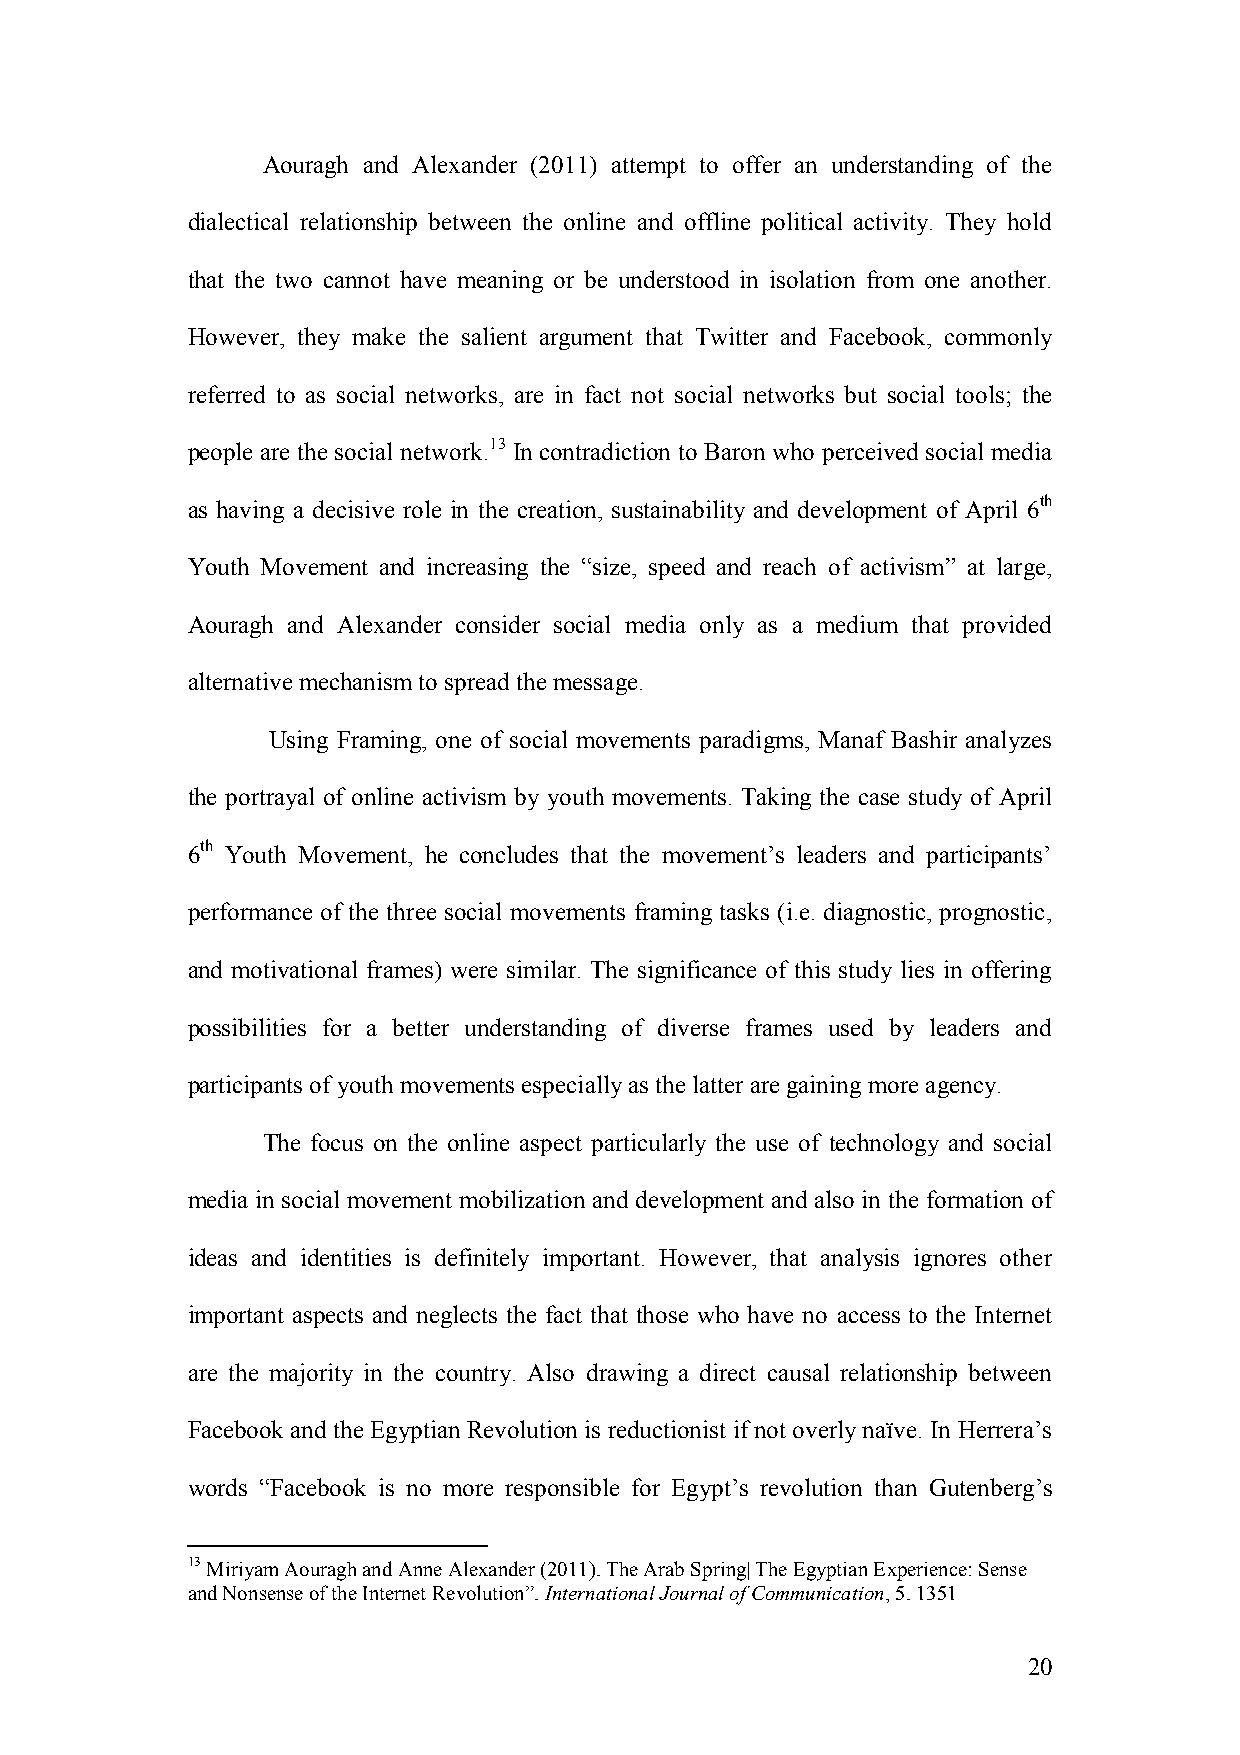
Aouragh and Alexander (2011) attempt to offer an understanding of the
 dialectical relationship between the online and offline political activity. They hold
 that the two cannot have meaning or be understood in isolation from one another.
 However, they make the salient argument that Twitter and Facebook, commonly
 referred to as social networks, are in fact not social networks but social tools; the
 people are the social network.13 In contradiction to Baron who perceived social media
 as having a decisive role in the creation, sustainability and development of April 6th
 Youth Movement and increasing the “size, speed and reach of activism” at large,
 Aouragh and Alexander consider social media only as a medium that provided
 alternative mechanism to spread the message.
 Using Framing, one of social movements paradigms, Manaf Bashir analyzes
 the portrayal of online activism by youth movements. Taking the case study of April
 6th Youth Movement, he concludes that the movement’s leaders and participants’
 performance of the three social movements framing tasks (i.e. diagnostic, prognostic,
 and motivational frames) were similar. The significance of this study lies in offering
 possibilities for a better understanding of diverse frames used by leaders and
 participants of youth movements especially as the latter are gaining more agency.
 The focus on the online aspect particularly the use of technology and social
 media in social movement mobilization and development and also in the formation of
 ideas and identities is definitely important. However, that analysis ignores other
 important aspects and neglects the fact that those who have no access to the Internet
 are the majority in the country. Also drawing a direct causal relationship between
 Facebook and the Egyptian Revolution is reductionist if not overly naïve. In Herrera’s
 words “Facebook is no more responsible for Egypt’s revolution than Gutenberg’s
 13 Miriyam Aouragh and Anne Alexander (2011). The Arab Spring| The Egyptian Experience: Sense
 and Nonsense of the Internet Revolution”. International Journal of Communication, 5. 1351
 20